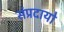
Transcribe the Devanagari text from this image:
संप्रदायो